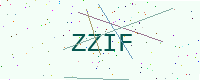
Text: ZZIF